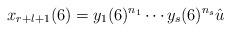
LaTeX: \begin{align*}x_{r+l+1}(6)=y_1(6)^{n_1}\cdots y_s(6)^{n_s}\hat u\end{align*}